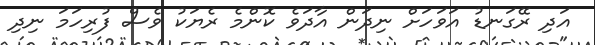
އަދި ރޭގަނޑު އަވަހަށް ނިދަން އާދަވެ ކޮންމެ ރެޔަކު ވެސް ފުރިހަމަ ނިދި